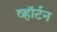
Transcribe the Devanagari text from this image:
व्हॉर्टन